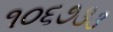
૧૦૬૭૩૩